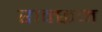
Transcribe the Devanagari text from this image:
राक्छम